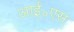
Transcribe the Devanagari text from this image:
आई॰एस